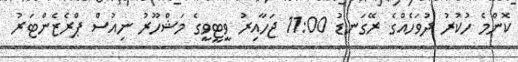
ކޮންމެ ހުކުރު ދުވަހެއްގެ ރޭގަނޑު 11:00 ޖަހާއިރު ވީޓީވީގެ މަޝްހޫރު ނިއުސް ޕްރެޒެންޓަރު